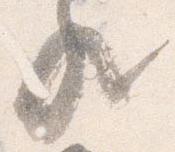
歟